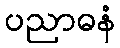
ပညာဓနံ